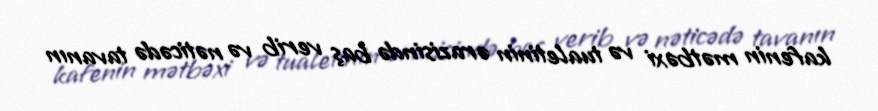
kafenin mətbəxi və tualetinin ərazisində baş verib və nəticədə tavanın